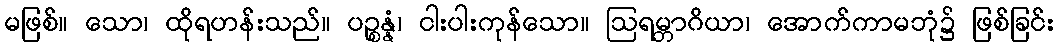
မဖြစ်။ သော၊ ထိုရဟန်းသည်။ ပဉ္စန္နံ၊ ငါးပါးကုန်သော။ ဩရမ္ဘာဂိယာ၊ အောက်ကာမဘုံ၌ ဖြစ်ခြင်း